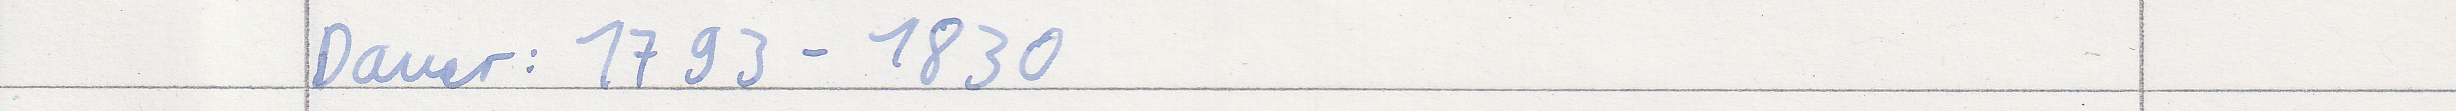
Dauer: 1793 - 1830